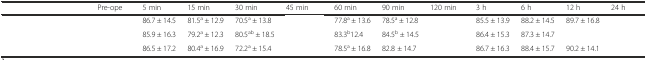
<table><thead><tr><td>[EMPTY_CELL]</td><td><b>Pre-ope</b></td><td><b>5 min</b></td><td><b>15 min</b></td><td><b>30 min</b></td><td><b>45 min</b></td><td><b>60 min</b></td><td><b>90 min</b></td><td><b>120 min</b></td><td><b>3 h</b></td><td><b>6 h</b></td><td><b>12 h</b></td><td><b>24 h</b></td></tr></thead><tbody><tr><td>[EMPTY_CELL]</td><td>[EMPTY_CELL]</td><td>86.7 ± 14.5</td><td>81.5<sup>a</sup> ± 12.9</td><td>70.5<sup>a</sup> ± 13.8</td><td>[EMPTY_CELL]</td><td>77.8<sup>a</sup> ± 13.6</td><td>78.5<sup>a</sup> ± 12.8</td><td>[EMPTY_CELL]</td><td>85.5 ± 13.9</td><td>88.2 ± 14.5</td><td>89.7 ± 16.8</td><td>[EMPTY_CELL]</td></tr><tr><td>[EMPTY_CELL]</td><td>[EMPTY_CELL]</td><td>85.9 ± 16.3</td><td>79.2<sup>a</sup> ± 12.3</td><td>80.5<sup>ab</sup> ± 18.5</td><td>[EMPTY_CELL]</td><td>83.3<sup>b</sup>12.4</td><td>84.5<sup>b</sup> ± 14.5</td><td>[EMPTY_CELL]</td><td>86.4 ± 15.3</td><td>87.3 ± 14.7</td><td>[EMPTY_CELL]</td><td>[EMPTY_CELL]</td></tr><tr><td>[EMPTY_CELL]</td><td>[EMPTY_CELL]</td><td>86.5 ± 17.2</td><td>80.4<sup>a</sup> ± 16.9</td><td>72.2<sup>a</sup> ± 15.4</td><td>[EMPTY_CELL]</td><td>78.5<sup>a</sup> ± 16.8</td><td>82.8 ± 14.7</td><td>[EMPTY_CELL]</td><td>86.7 ± 16.3</td><td>88.4 ± 15.7</td><td>90.2 ± 14.1</td><td>[EMPTY_CELL]</td></tr></tbody></table>